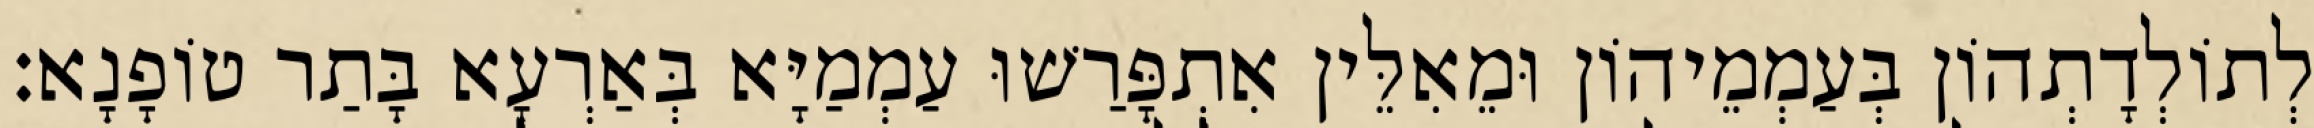
לְתוֹלְדָתְהוֹן בְּעַמְמֵיהוֹן וּמֵאִלֵּין אִתְפָּרַשׁוּ עַמְמַיָּא בְּאַרְעָא בָּתַר טוֹפָנָא׃